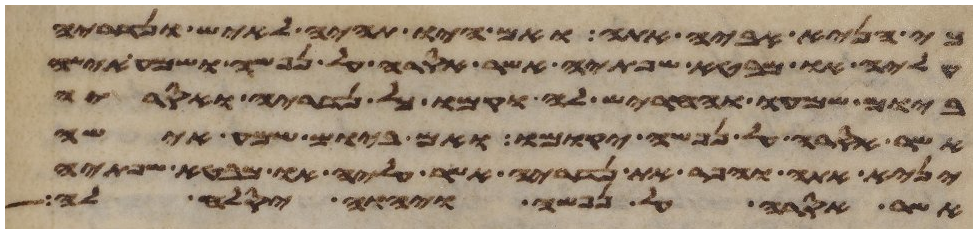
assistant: כי הניא אביה אתה ואם היו תהיה לאיש ונדריה
עליה או מבטא שפתיה אשר אסרה על נפשה ושמע אישה
ביום שמעו וחריש לה וקמו כל נדריה ואסריה
אשר אסרה על נפשה יקומו ואם ביום שמע אישה
יניא אתה והפר את נדריה אשר עליה או מבטא שפתיה
אשר אסרה על נפשה ויהוה יסלח לה